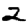
Digit: 2